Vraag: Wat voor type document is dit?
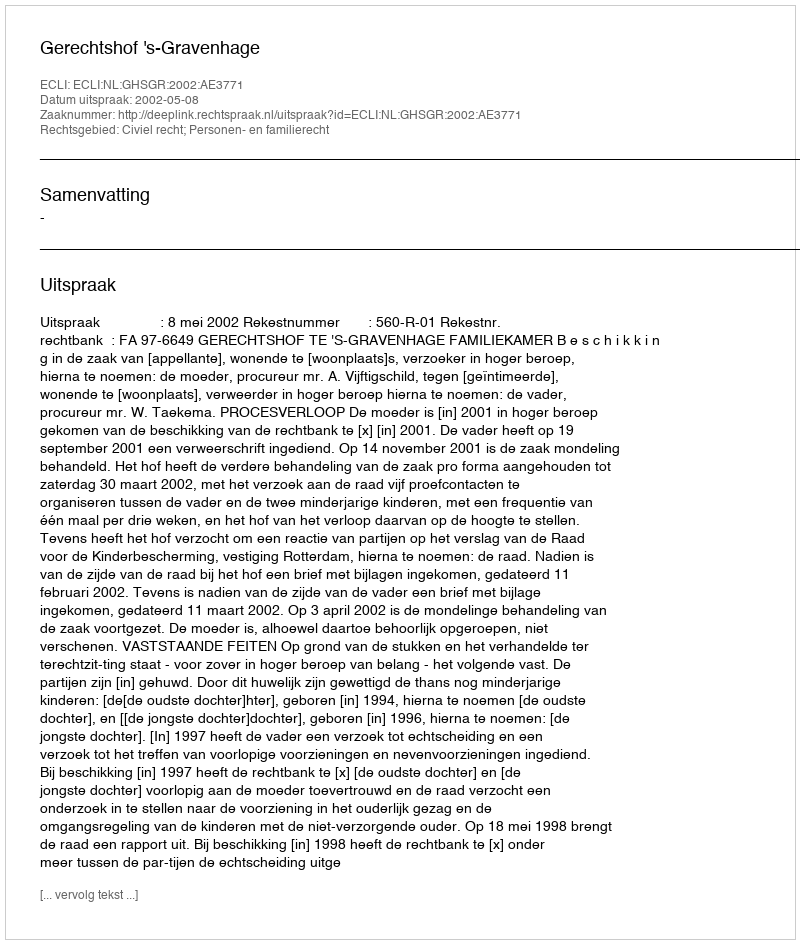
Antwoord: Uitspraak